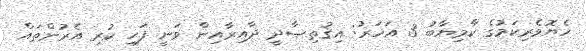
ހެޔޮވެރިކަމުގެ ކާމިޔާބު 3 އަހަރު: އިޤުތިޞާދީ ދާއިރާއިން ވަނީ ފަހި ކުރި އެރުންތައް